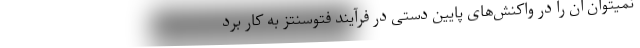
نمیتوان آن را در واکنش‌های پایین دستی در فرآیند فتوسنتز به کار برد